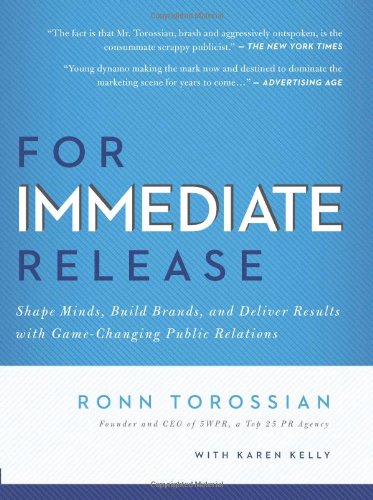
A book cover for For Immediate Release: Shape Minds, Build Brands, and Deliver Results with Game-Changing Public Relations; Ronn Torossian; Business & Money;